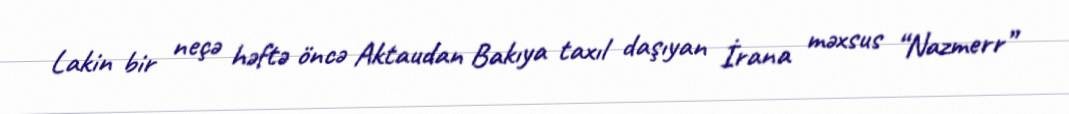
Lakin bir neçə həftə öncə Aktaudan Bakıya taxıl daşıyan İrana məxsus “Nazmerr”